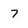
Character: 7